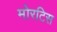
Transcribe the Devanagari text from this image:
मोरटिस